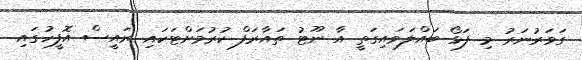
ގަވަރުނަރު މި ފަޅޯ ބައްލަވައިގަތީ އާ ނޫޓު ތައާރަފް ކުރުމަށްޓަކައި ރައީސް އޮފީހުގައި